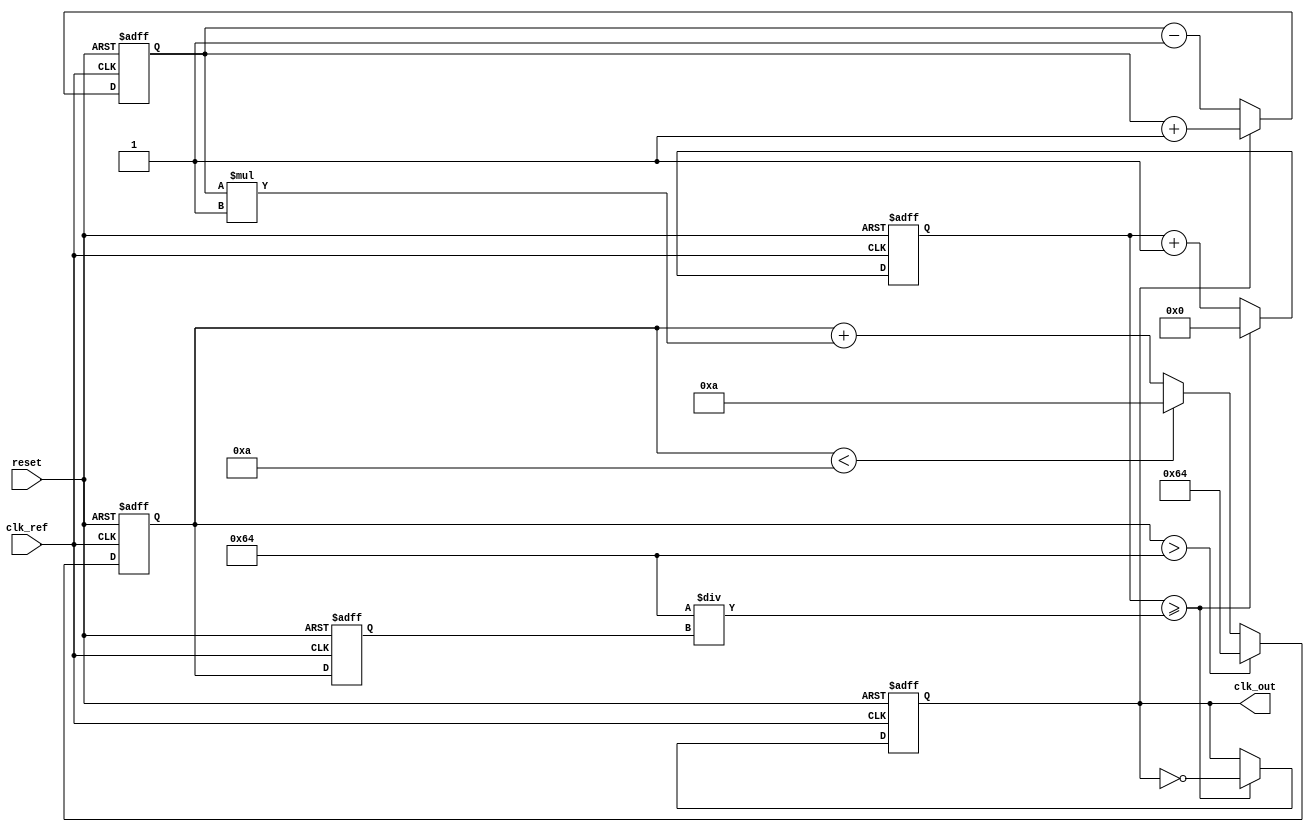
module PLL (
    input wire clk_ref,          // Reference clock input
    input wire reset,            // Reset signal
    output reg clk_out           // Output clock signal
);

// Parameters
parameter integer VCO_MAX_FREQ = 100; // Maximum frequency for VCO
parameter integer VCO_MIN_FREQ = 10;   // Minimum frequency for VCO
parameter integer LOOP_FILTER_GAIN = 1; // Gain for loop filter

// Internal signals
reg [7:0] phase_error;            // Phase error signal
reg [7:0] control_voltage;         // Control voltage for VCO
reg [7:0] vco_frequency;           // Current frequency of VCO
reg [31:0] counter;                // Counter for generating output clock

// Phase Detector (PD)
always @(posedge clk_ref or posedge reset) begin
    if (reset) begin
        phase_error <= 0;
    end else begin
        // Simple phase detector logic (for demonstration)
        // Assume clk_out is sampled to determine phase error
        if (clk_out) begin
            phase_error <= phase_error + 1; // Increment phase error
        end else begin
            phase_error <= phase_error - 1; // Decrement phase error
        end
    end
end

// Loop Filter (LF)
always @(posedge clk_ref or posedge reset) begin
    if (reset) begin
        control_voltage <= 0;
    end else begin
        // Simple first-order loop filter
        control_voltage <= control_voltage + (phase_error * LOOP_FILTER_GAIN);
        // Clamp control voltage to VCO limits
        if (control_voltage > VCO_MAX_FREQ) begin
            control_voltage <= VCO_MAX_FREQ;
        end else if (control_voltage < VCO_MIN_FREQ) begin
            control_voltage <= VCO_MIN_FREQ;
        end
    end
end

// Voltage-Controlled Oscillator (VCO)
always @(posedge clk_ref or posedge reset) begin
    if (reset) begin
        vco_frequency <= VCO_MIN_FREQ;
        clk_out <= 0;
        counter <= 0;
    end else begin
        // Adjust VCO frequency based on control voltage
        vco_frequency <= control_voltage;

        // Generate output clock based on VCO frequency
        counter <= counter + 1;
        if (counter >= (100 / vco_frequency)) begin // Adjust counter threshold for frequency
            clk_out <= ~clk_out; // Toggle output clock
            counter <= 0; // Reset counter
        end
    end
end

endmodule